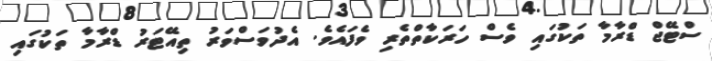
ސްޓޭޖް ޑްރާމާ ތަކުގައި ވެސް ހަރަކާތްތެރި ވެފައެވެ. އެދުވަސްވަރު ތިއޭޓަރު ޑްރާމާ ތަކުގައި